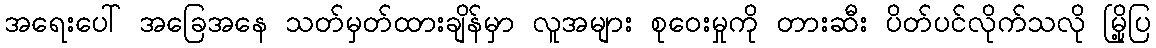
အရေးပေါ် အခြေအနေ သတ်မှတ်ထားချိန်မှာ လူအများ စုဝေးမှုကို တားဆီး ပိတ်ပင်လိုက်သလို မြို့ပြ